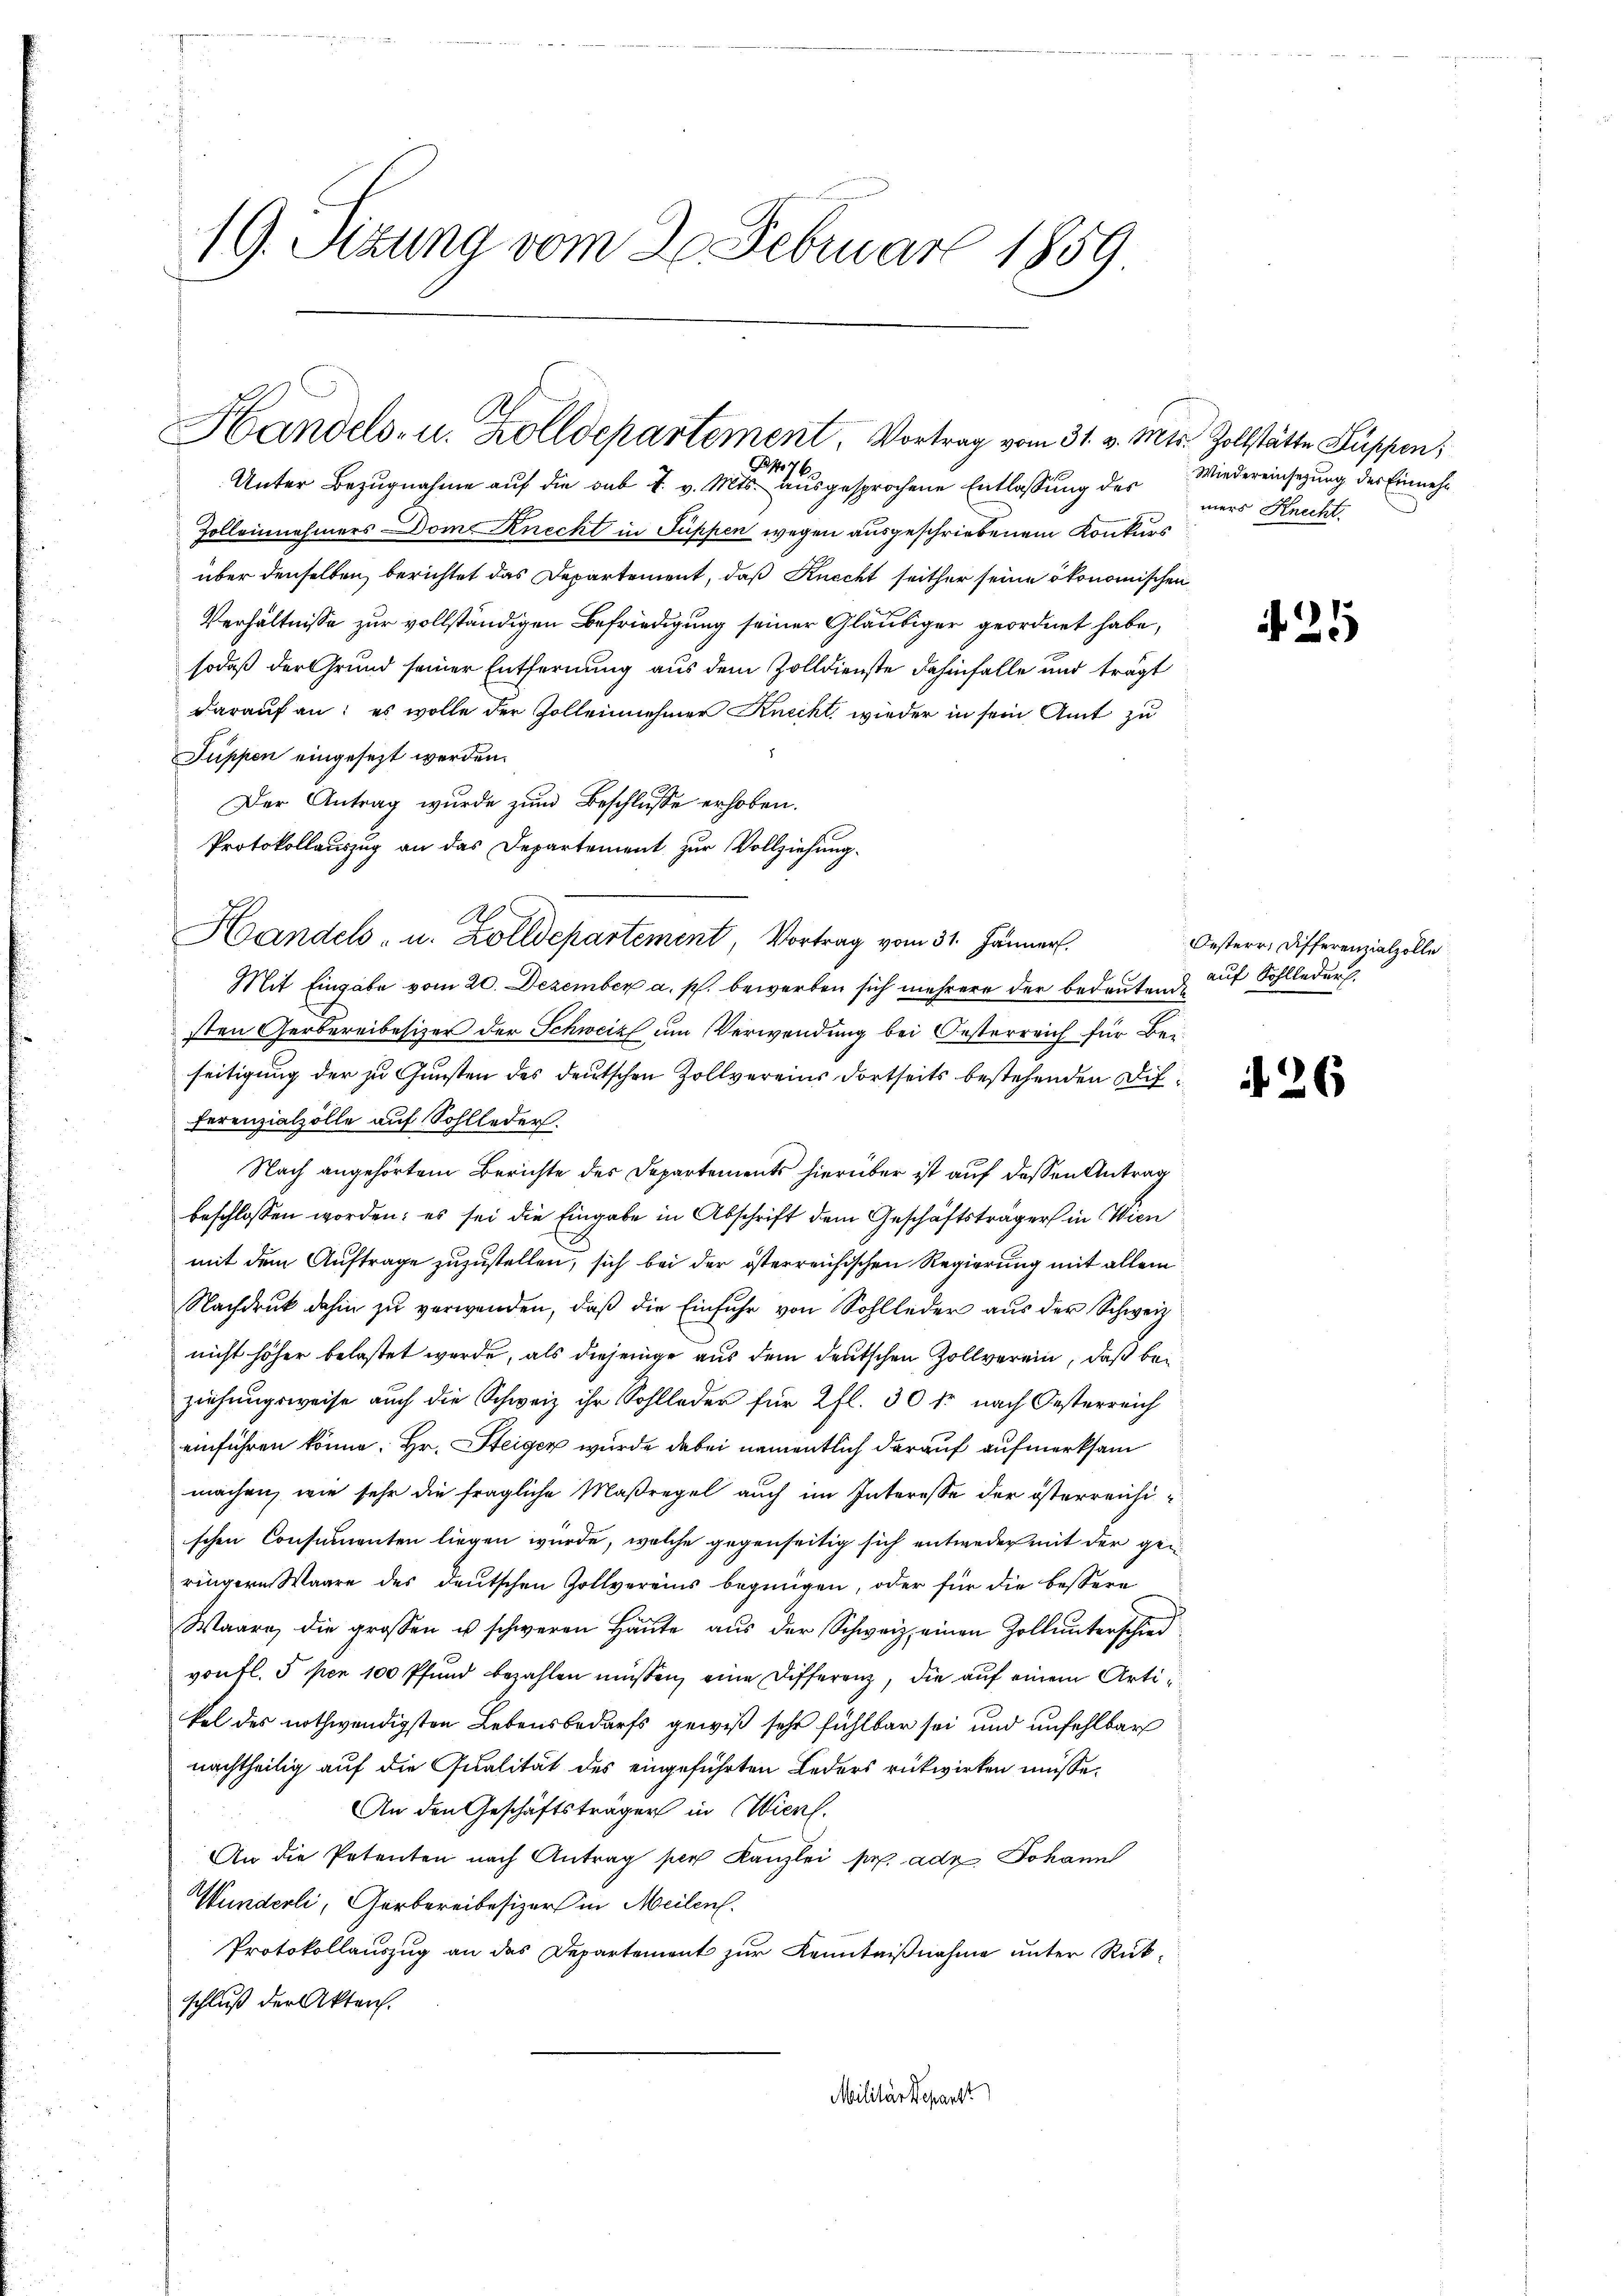
19. Sizung vom 20. Februar 1859

Handels- u. Zolldepartement Vortrag vom 31. v. Mts. Zollstätte Suppen,

476.
Unter Bezugnahme auf die sub A. v. Mts. ausgesprochene Entlassung des
Zolleinehmers Dom Knecht in Füppen wegen ausgeschriebenem Konkurs
über denselben, berichtet das Departement, daß Knecht seither seine ökonomischen
Verhältnisse zur vollständigen Befriedigung seiner Gläubiger geordnet habe,
sodaß der Grund seiner Entfernung aus dem Zolldienste dahinfalle und trägt
darauf an: es wolle der Zollennehmer Knecht, wieder in sein Amt zu
.
Suppen eingesezt werden.
Der Antrag wurde zum Beschlusse erhoben.
Protokollauszug an das Departement zur Vollziehung.
A
Handels- u. Zolldepartement, Vortrag vom 31. Jänner.
Mit Eingabe vom 20. Dezember a. p. bewerben sich mehrere der bedeutende
sten Gerbereibesizer der Schweiz um Verwendung bei Oesterreich für Bei
seitigung der zu Gunsten des deutschen Zollvereins dortseits bestehenden Differenzialzolle auf Sohlleder.
Nach angehörtem Berichte des Departements hierüber ist auf dessen Antrag
beschlossen worden; es sei die Eingabe in Abschrift dem Geschäftsträger in Wien
mit dem Auftrage zuzustellen, sich bei der österreichischen Regierung mit allem
Nachdruck dahin zŭ verwenden, daβ die Einfuhr von Sohlleder aus der Schweiz
nicht höher belastet werde, als diejenige aus dem deutschen Zollverein, daß beziehungsweise auch die Schweiz ihr Sohlleder für 2 fl. 30 fr nach Oesterreich
einführen könne. Hr. Steiger wurde dabei namentlich darauf aufmerksam
machen, wie sehr die fragliche Maßregel auch im Interesse der österreichischen Consumenten liegen wurde, welche gegenseitig sich entweder mit der geiringern Waare des deutschen Zollvereins begnügen, oder für die bessere
Waare die grossen u schweren Haŭte aŭs der Schweiz, einen Zoll unterschied
vontl. 5 per 100 Pfund bezahlen müssen, eine Differenz, die auf einem Arti d
kel des nothwendigsten Lebensbedarfs gewiß sehr fühlbar sei und unfehlbar
nachtheilig auf die Qualität des eingeführten Leders rükwirken müsse.
An den Geschäftsträger in Wien.
An die Petenten nach Antrag per Kanzlei pr. adz. Johann
Wunderli, Gerbereibesizers in Meilen.
Protokollauszug an das Departement zur Kenntnißnahme unter Rückschluß der Akterch.
Militärdepart

Wiedereinsetzung des Einnehm
mers Knecht.

425

Oesterr, Differenzialzolle
auf Sohlleder

26